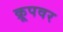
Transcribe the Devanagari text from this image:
क्रूपवर